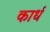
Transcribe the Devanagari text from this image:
कार्ध